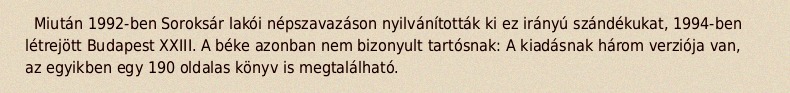
Miután 1992-ben Soroksár lakói népszavazáson nyilvánították ki ez irányú szándékukat, 1994-ben létrejött Budapest XXIII. A béke azonban nem bizonyult tartósnak: A kiadásnak három verziója van, az egyikben egy 190 oldalas könyv is megtalálható.